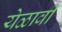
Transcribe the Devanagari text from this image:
येळावी